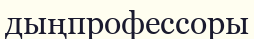
дыңпрофессоры